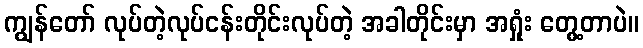
ကျွန်တော် လုပ်တဲ့လုပ်ငန်းတိုင်းလုပ်တဲ့ အခါတိုင်းမှာ အရှုံး တွေ့တာပဲ။